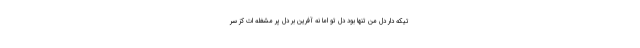
تیکه دار دل من تنها بود دل تو اما نه آفرین بر دل پر مشغله ات کز سر